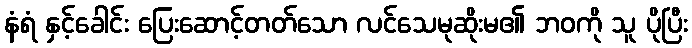
နံရံ နှင့်ခေါင်း ပြေးဆောင့်တတ်သော လင်သေမုဆိုးမ၏ ဘဝကို သူ ပိုပြီး